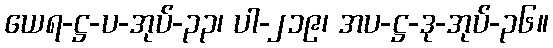
ယေရ-ဋ္ဌ-ပ-အုပ်-၃၃၊ ပါ-၂၁၉၊ အပ-ဋ္ဌ-ဒု-အုပ်-၃၆။